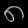
Digit: ၈